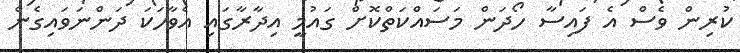
ކުރިން ވެސް އެ ފައިސާ ހޯދަން މަސައްކަތްކޮށް ގައުމީ އިދާރާގައި އެވާހަކަ ދަންނަވައިގެން